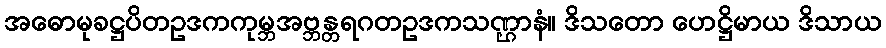
အဓောမုခဋ္ဌပိတဥဒကကုမ္ဘအဗ္ဘန္တရဂတဥဒကသဏ္ဌာနံ။ ဒိသတော ဟေဋ္ဌိမာယ ဒိသာယ